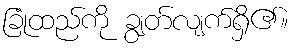
ခြုံထည်ကို ချွတ်လျက်ရှိ၏။